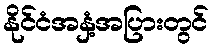
နိုင်ငံအနှံ့အပြားတွင်